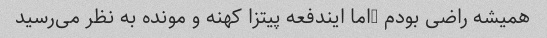
همیشه راضی بودم …اما ایندفعه پیتزا کهنه و مونده به نظر می‌رسید